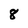
Character: 8